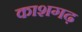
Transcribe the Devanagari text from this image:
काशगढ़